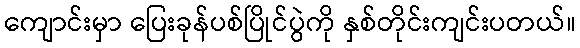
ကျောင်းမှာ ပြေးခုန်ပစ်ပြိုင်ပွဲကို နှစ်တိုင်းကျင်းပတယ်။